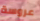
عروسة